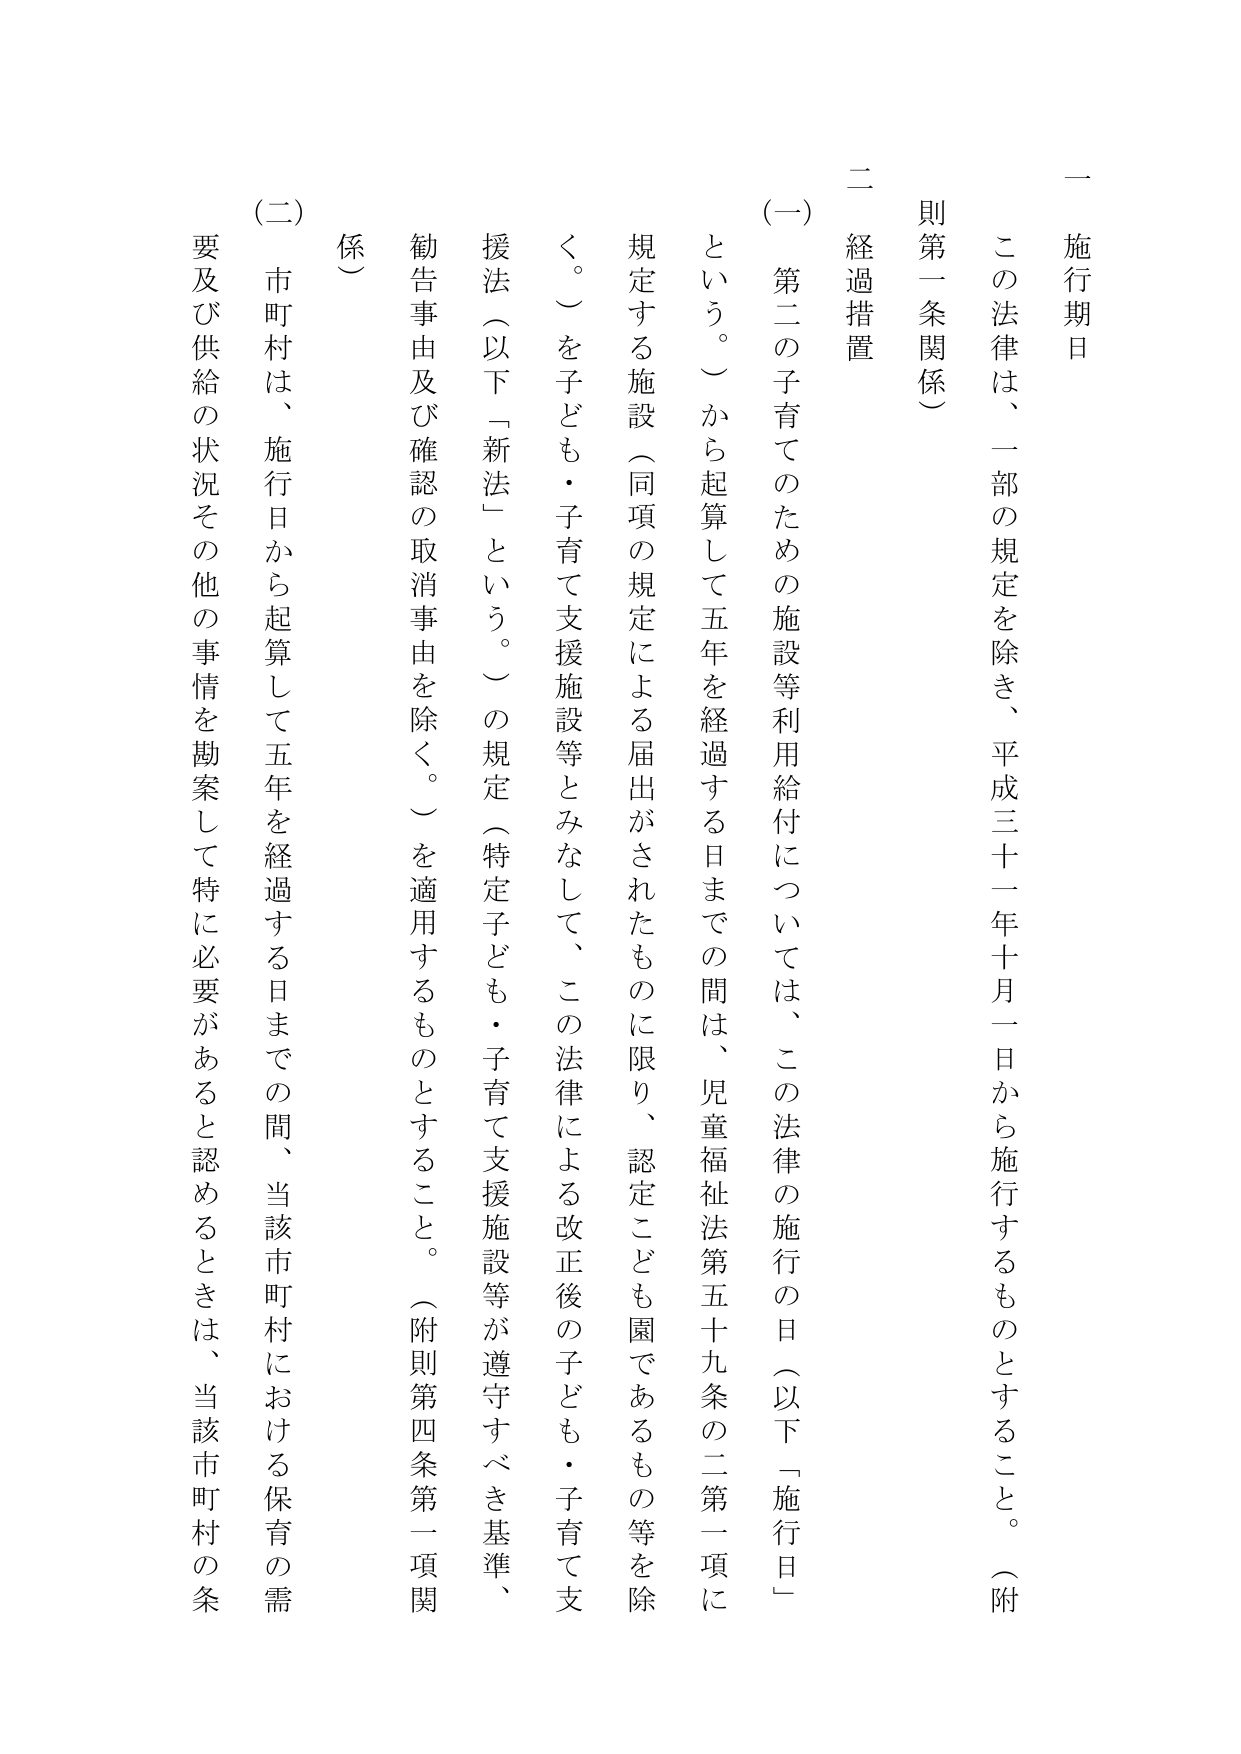
一　施行期日
この法律は、一部の規定を除き、平成三十一年十月一日から施行するものとすること。（附則第一条関係）

二　経過措置
（一）　第二の子育てのための施設等利用給付については、この法律の施行の日（以下「施行日」という。）から起算して五年を経過する日までの間は、児童福祉法第五十九条の二第一項に規定する施設（同項の規定による届出がされたものに限り、認定こども園であるもの等を除く。）を子ども・子育て支援施設等とみなして、この法律による改正後の子ども・子育て支援法（以下「新法」という。）の規定（特定子ども・子育て支援施設等が遵守すべき基準、勧告事由及び確認の取消事由を除く。）を適用するものとすること。（附則第四条第一項関係）
（二）　市町村は、施行日から起算して五年を経過する日までの間、当該市町村における保育の需要及び供給の状況その他の事情を勘案して特に必要があると認めるときは、当該市町村の条